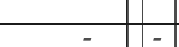
-    -